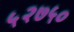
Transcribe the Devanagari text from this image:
५२७५०